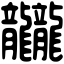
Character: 龖